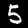
Label: 5